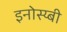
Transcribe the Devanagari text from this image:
इनोस्य्बी